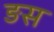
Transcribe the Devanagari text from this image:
ङस